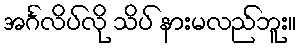
အင်္ဂလိပ်လို သိပ် နားမလည်ဘူး။